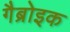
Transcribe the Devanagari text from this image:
गैब्रोइक